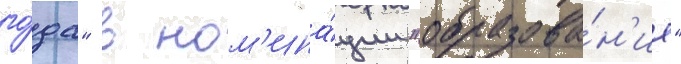
го́да" в ном'ина́ции "образова́н'ие"